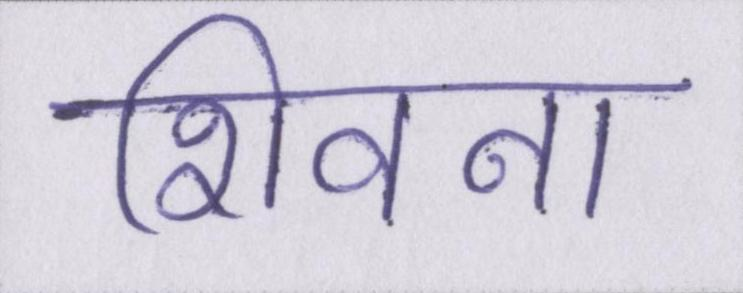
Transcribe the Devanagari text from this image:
शिवना